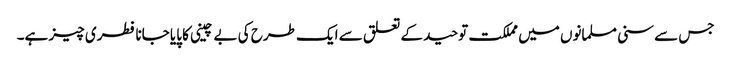
جس سے سنی مسلمانوں میں مملکت توحید کے تعلق سے ایک طرح کی بے چینی کا پایا جانا فطری چیز ہے۔